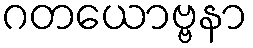
ဂတယောဗ္ဗနာ